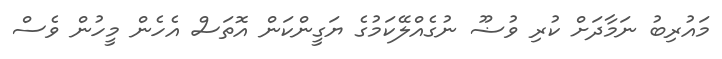
މައުރިބު ނަމާދަށް ކުރި ވުޟޫ ނުގެއްލޭކަމުގެ ޔަގީންކަން އޮތަސް އެހެން މީހުން ވެސް